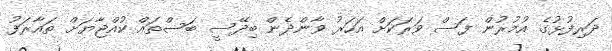
ދަރިފުޅުގެ އުމުރުން ފަސް ވަރަކަށް އަހަރު ވާންދެން ބިދޭސީ ބަސްތައް ކުއްޖާޔަށް ތައާރަފު